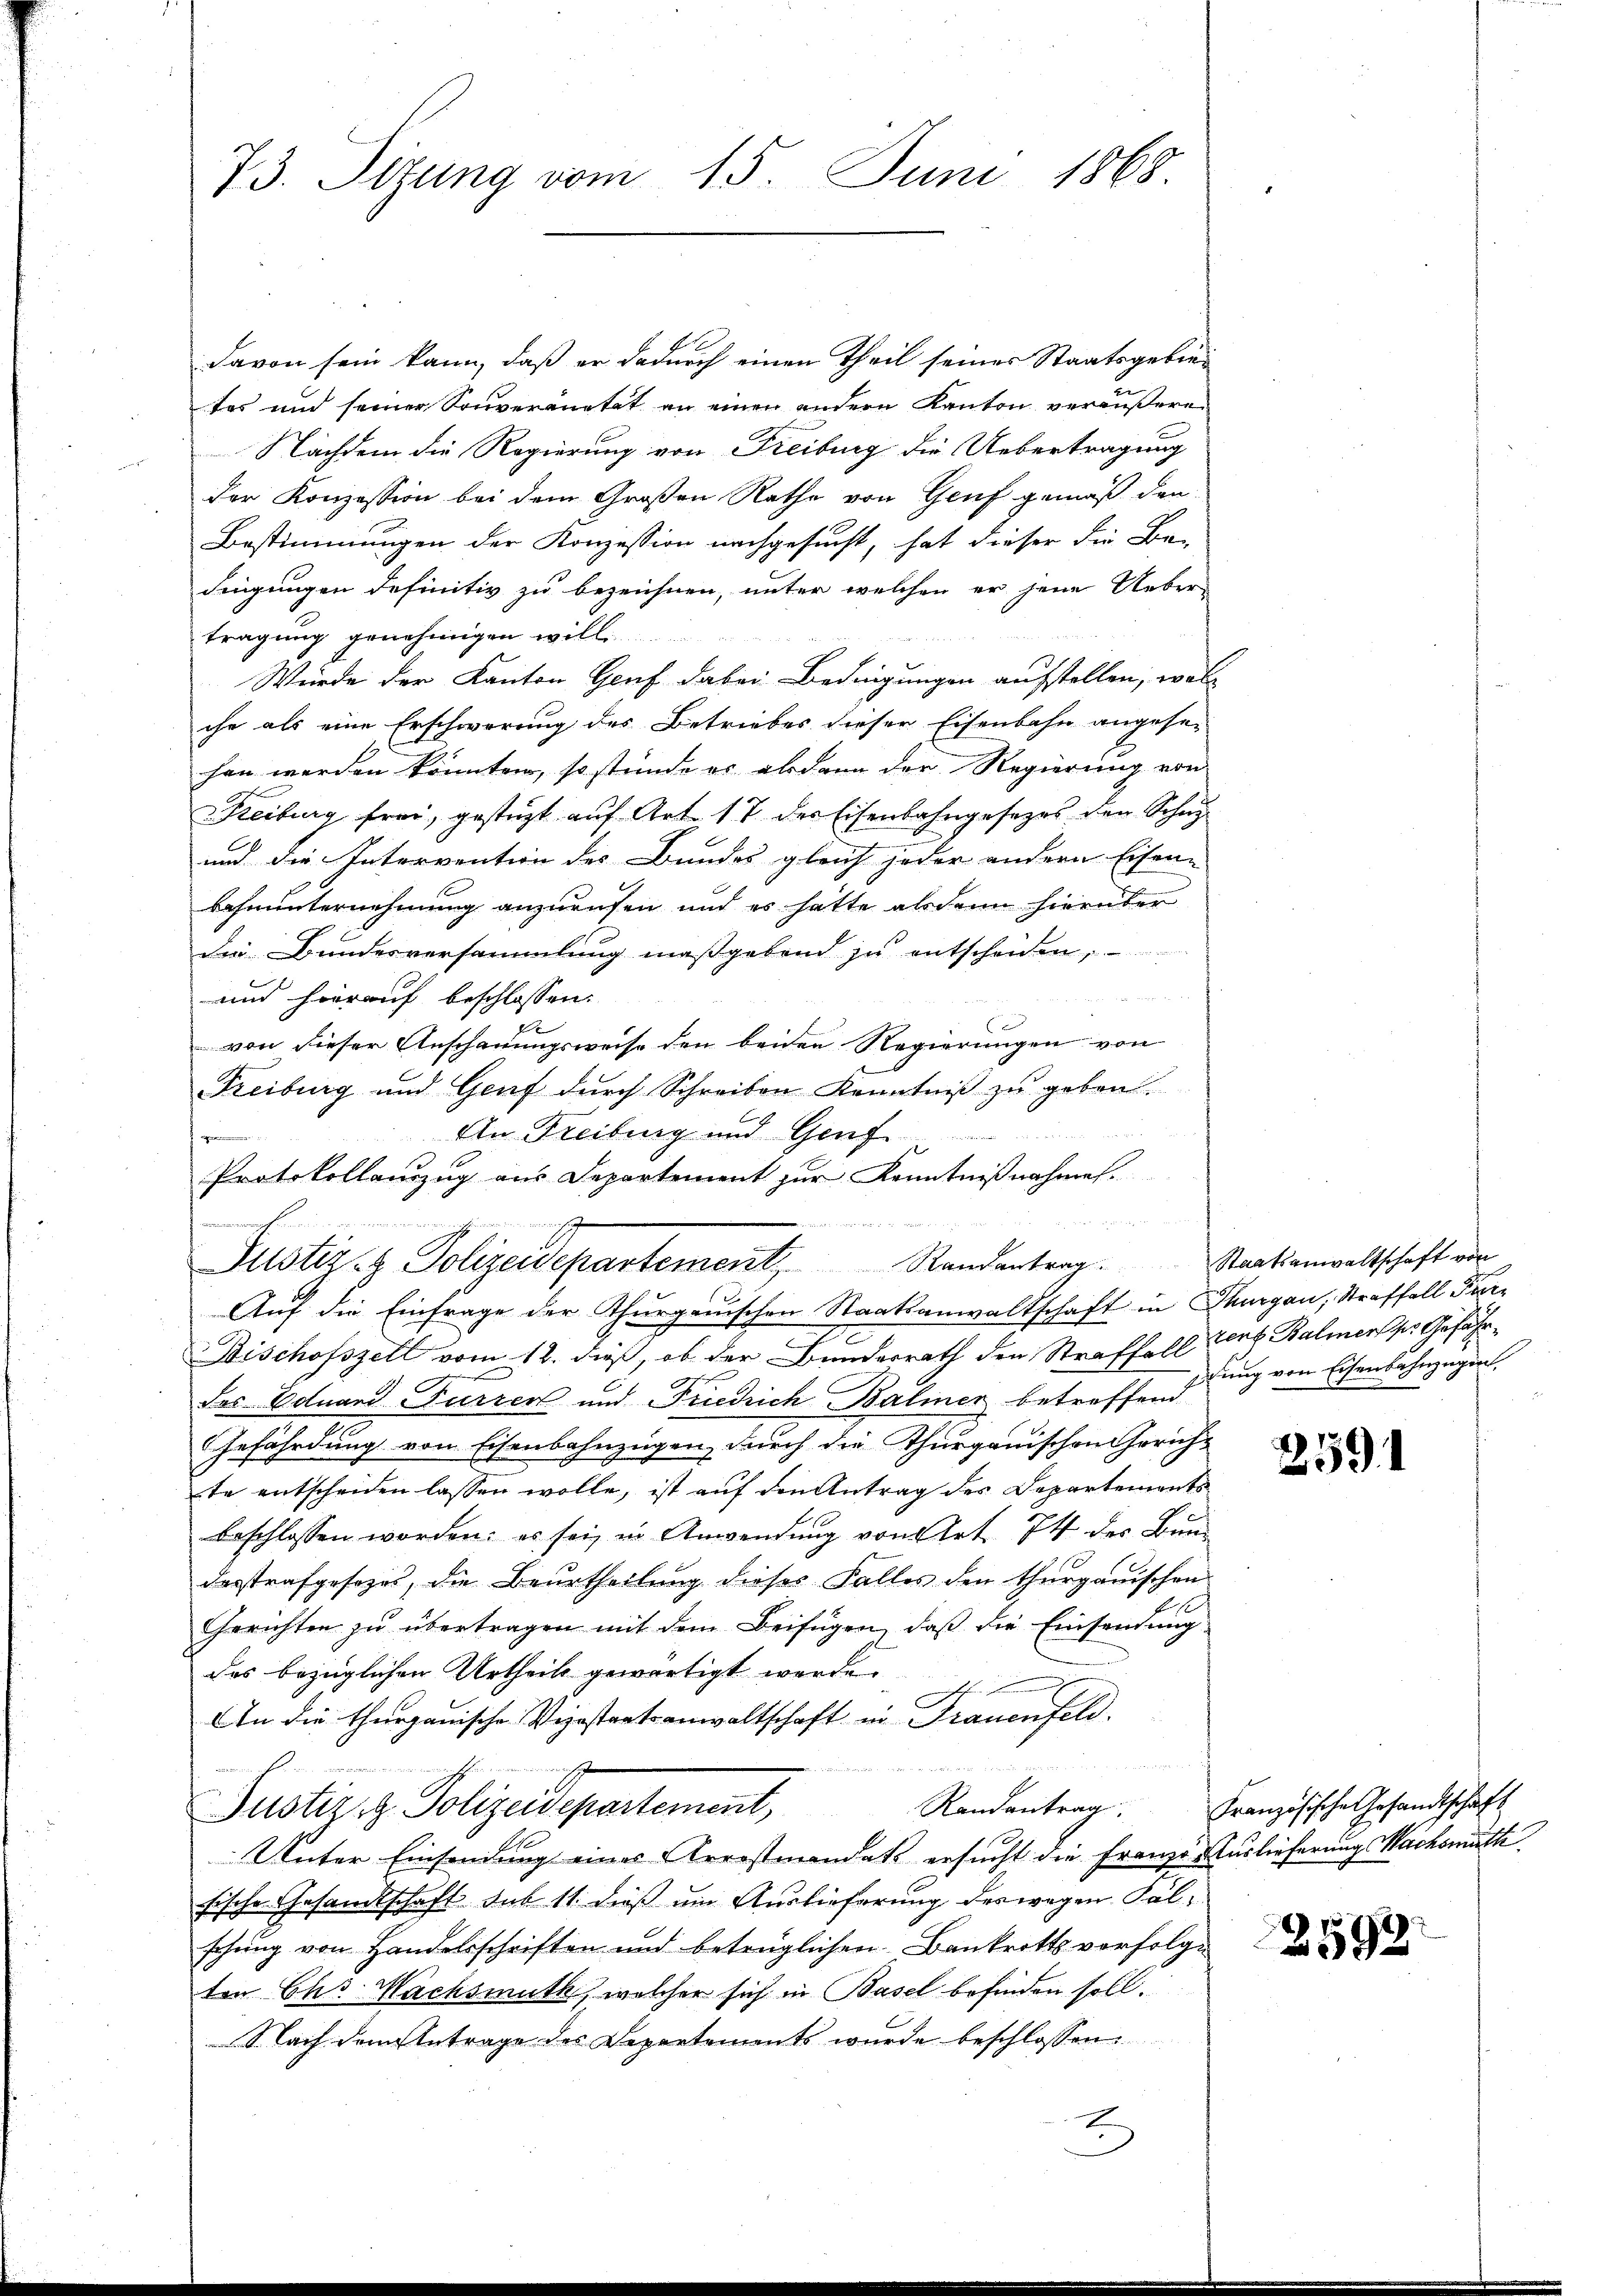
73. Sitzung vom 15. Juni 1868.

davon sein kann, daß er dadurch einen Theil seines Staatsgebietes und seiner Souveranetet an einen andern Kanton veräußere
Nachdem die Regierung von Freiburg die Uebertragung
der Konzession bei dem Großen Rathe von Genf gemäß den
Bestimmungen der Konzession nachgesucht, hat dieser die Be-
dingungen definitiv zu bezeichnen, unter welchen er jene Ueber-
tragung genehmigen will
Wurde der Kanton Genf dabei Bedingungen aufstellen, woll
che als eine Erschwerung des Betriebes dieser Eisenbahn angese-
han werden könnten, so stunde er alsdann der Regierung von
Freiburg frei, gestützt auf Art. 17 der Eisenbahngesezes den Schu
und die Intervention des Bundes gleich jeder andern Eisen-
Behnunternehmung anzurufen und es hatte alsdann hierüber
die Bundesversammlung maßgebend zu entscheiden,
und hierauf beschlossen:
von dieser Anschauungsweise den beiden Regierungen von
Freiburg und Genf dŭrch Schreiben Kenntniβ zŭ geben.
An Freibung und Genf

Protokollanzug aus Departement zur Kenntnißnahme.
u
o hat der Mit
Justiz- & Polizeidepartement Randantrag. Staatsanwaltschaft von
Auf die Einfrage der Thurgauischen Staatsanwaltschaft in Thurgau, Straffall Par¬
Bischofszell vom 12. dieß, ob der Bunderrath den Straffall Cent Balmer ses Gefährdes Eduard Furrer und Friedrich Baliner betreffend
GGefährdung von Eisenbahnzügen, durch die Thurgauischen Gericht
te entscheiden lassen wolle, ist auf den Antrag des Departements
beschlossen worden; es sei, in Anwendung von Art. 74 der Bundesstrafgesezes, die Beurtheilung dieses Falles den thurgauischen
Gerichten zŭ übertragen mit dem Beifügen, daβ die Einsendŭng
das bezüglichen Urtheils gewärtigt werde.
h
An die thurgauische Verstaatsanwaltschaft in Frauenfeld.

Randantrag. Französische Gesandtschaft
Justiz & Polizeidepartement,
Unter Einsendung eines Arrostmandats ersucht die Franze Auslieferungs Nachsmuth
fische Gesandtschaft sub 11. dieß um Auslieferung des wegen Fälschung von Handelsschriften und betrüglichen Bankrotts vorfolge
ten Chr. Wachsmuth, welcher sich in Basel befinden soll.
Nach dem Antrage des Departements wurde beschlossen

lung von Eisenbahnzügen.

259

2592